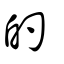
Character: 的